Burma Government Medical School reports 1923-41
Year: 1923
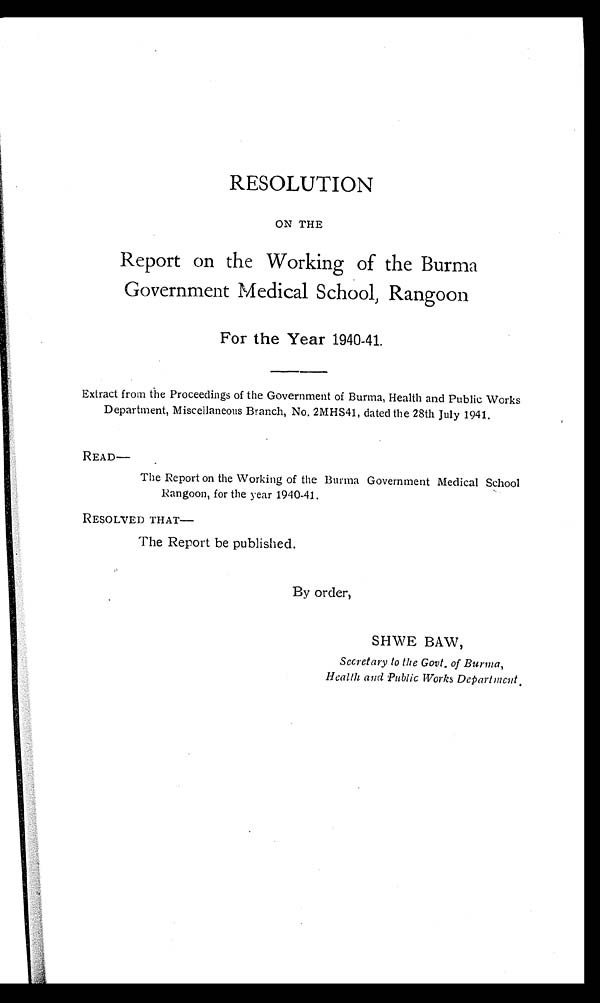
RESOLUTION
ON THE
Report on the Working of the Burma
Government Medical School, Rangoon
For the Year 1940-41.
Extract from the Proceedings of the Government of Burma, Health and Public Works
Department, Miscellaneous Branch, No. 2MHS41, dated the 28th July 1941.
READ—
The Report on the Working of the Burma Government Medical School
Rangoon, for the year 1940-41.
RESOLVED THAT—
The Report be published.
By order,
SHWE BAW,
Secretary to the Govt. of Burma,
Health and Public Works Department